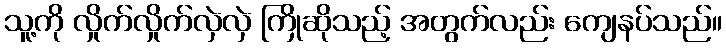
သူ့ကို လှိုက်လှိုက်လှဲလှဲ ကြိုဆိုသည့် အတွက်လည်း ကျေနပ်သည်။